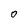
Character: O